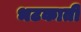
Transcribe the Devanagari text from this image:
भटकाती